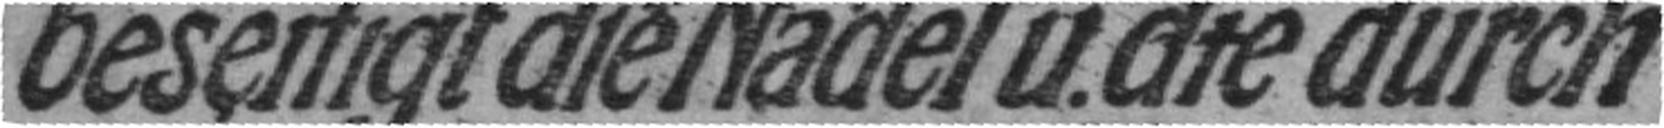
beseitigt die Nadel u. die durch